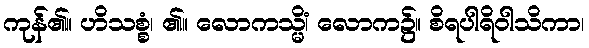
ကုန်၏။ ဟိသစ္စံ၊ ၏။ လောကသ္မိံ၊ လောက၌။ စိရပါရိဝါသိကာ၊